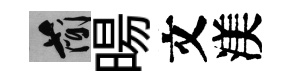
簡暘文渼